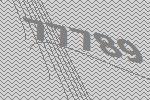
77789